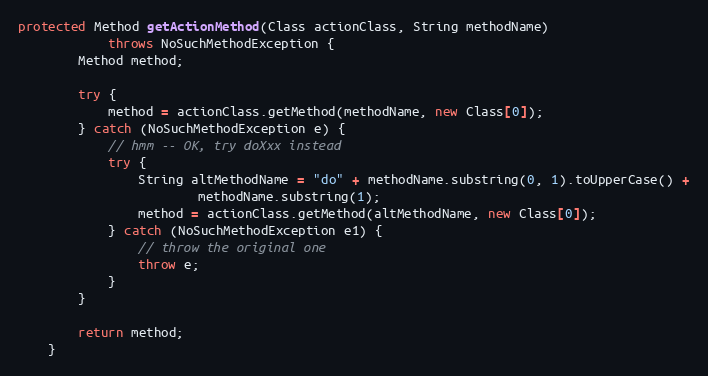
Language: Java
protected Method getActionMethod(Class actionClass, String methodName)
            throws NoSuchMethodException {
        Method method;

        try {
            method = actionClass.getMethod(methodName, new Class[0]);
        } catch (NoSuchMethodException e) {
            // hmm -- OK, try doXxx instead
            try {
                String altMethodName = "do" + methodName.substring(0, 1).toUpperCase() +
                        methodName.substring(1);
                method = actionClass.getMethod(altMethodName, new Class[0]);
            } catch (NoSuchMethodException e1) {
                // throw the original one
                throw e;
            }
        }

        return method;
    }